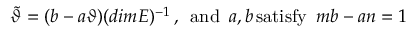
\tilde { \vartheta } = ( b - a \vartheta ) ( d i m E ) ^ { - 1 } \, , \enspace \mathrm { a n d } \enspace a , b \, \mathrm { s a t i s f y } \enspace m b - a n = 1